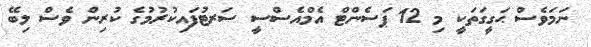
ނަމަވެސް ޙަގީގަތަކީ މި 12 ޕަސެންޓް އެމްއެސްސީ ސަރޓުފައިކުރުމުގެ ކުރިން ވެސް ލިބޭ